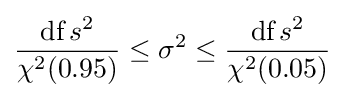
{\frac {{\text{df}}\,s^{2}}{\chi ^{2}(0.95)}}\leq \sigma ^{2}\leq {\frac {{\text{df}}\,s^{2}}{\chi ^{2}(0.05)}}